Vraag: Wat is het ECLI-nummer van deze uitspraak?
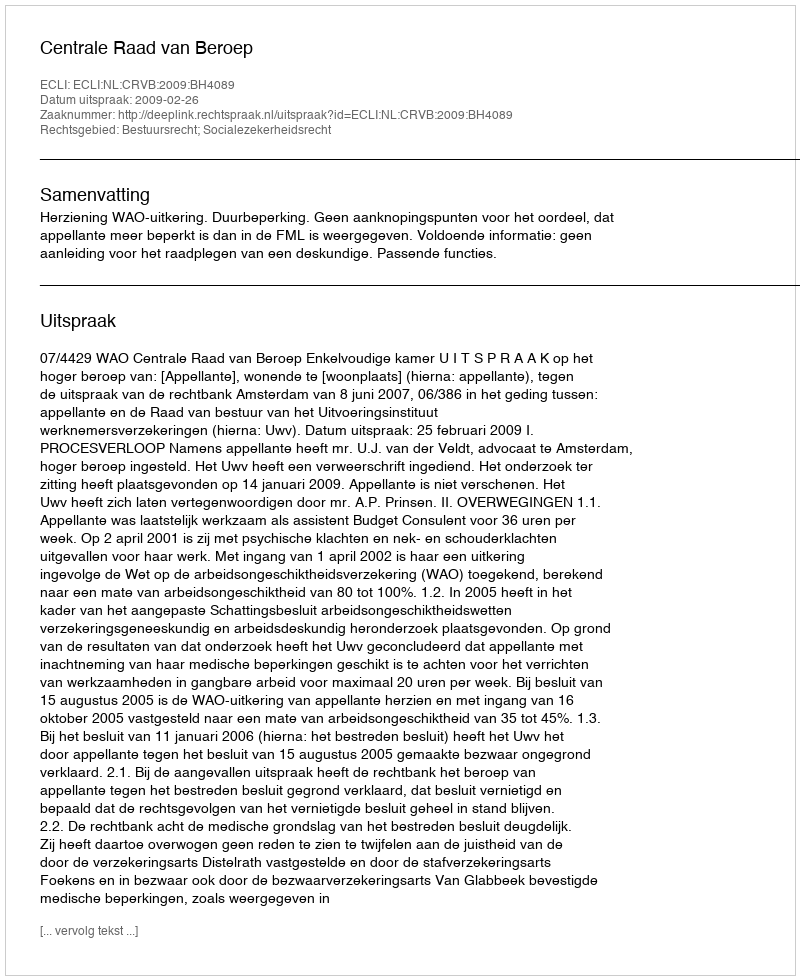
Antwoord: ECLI:NL:CRVB:2009:BH4089